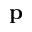
{ \bf p }